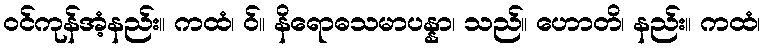
ဝင်ကုန်အံ့နည်း။ ကထံ၊ ဝ်။ နိရောဓသမာပန္နာ၊ သည်။ ဟောတိ၊ နည်း။ ကထံ၊